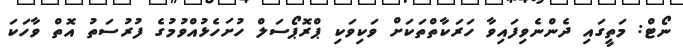
ނޯޓް: މަތީގައި ދެންނެވިފައިވާ ހަރަކާތްތަކަށް ވަކިވަކި ޕްރޮޕޯސަލް ހުށަހެޅުއްވުމުގެ ފުރުސަތު އޮތް ވާހަކަ